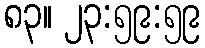
၈၃။ ၂၃:၅၉:၅၉